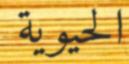
الحيوية